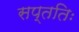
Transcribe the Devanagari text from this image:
सप्ततिः